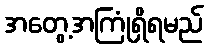
အတွေ့အကြုံရှိရမည်